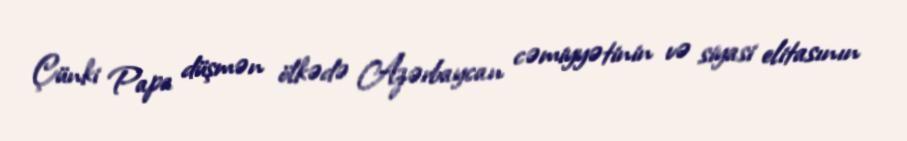
Çünki Papa düşmən ölkədə Azərbaycan cəmiyyətinin və siyasi elitasının